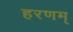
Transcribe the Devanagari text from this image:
हरणम्